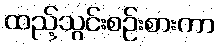
ထည့်သွင်းစဉ်းစားကာ